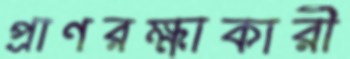
প্রাণরক্ষাকারী